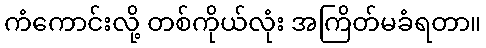
ကံကောင်းလို့ တစ်ကိုယ်လုံး အကြိတ်မခံရတာ။